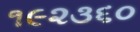
૧૯૨૩૬૦